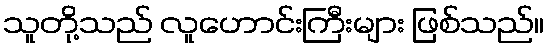
သူတို့သည် လူဟောင်းကြီးများ ဖြစ်သည်။